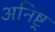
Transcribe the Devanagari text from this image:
अनिष्ट्